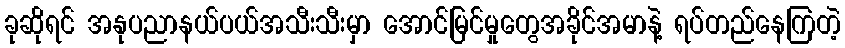
ခုဆိုရင် အနုပညာနယ်ပယ်အသီးသီးမှာ အောင်မြင်မှုတွေအခိုင်အမာနဲ့ ရပ်တည်နေကြတဲ့